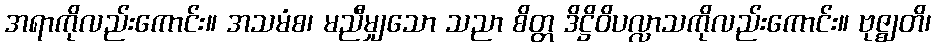
အရာကိုလည်းကောင်း။ အသမံစ၊ မညီမျှသော သညာ စိတ္တ ဒိဋ္ဌိဝိပလ္လာသကိုလည်းကောင်း။ ဗုဇ္ဈတိ၊